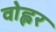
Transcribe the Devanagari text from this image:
वोह्लर